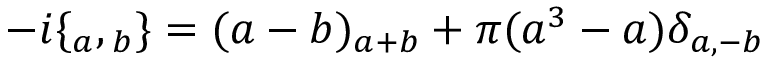
- i \{ \l _ { a } , \l _ { b } \} = ( a - b ) \l _ { a + b } + \pi ( a ^ { 3 } - a ) \delta _ { a , - b }